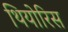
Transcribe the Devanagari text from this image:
थियोरिस